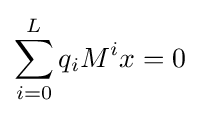
\sum _{i=0}^{L}q_{i}M^{i}x=0